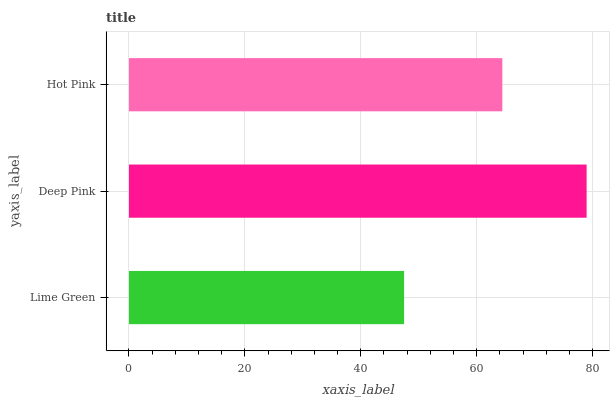
| yaxis_label | bars |
 | --- | --- |
 | Lime Green | 47.5 |
 | Deep Pink | 79 |
 | Hot Pink | 64.4 |